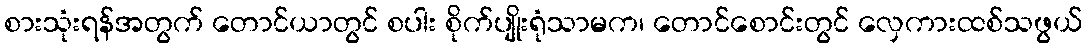
စားသုံးရန်အတွက် တောင်ယာတွင် စပါး စိုက်ပျိုးရုံသာမက၊ တောင်စောင်းတွင် လှေကားထစ်သဖွယ်